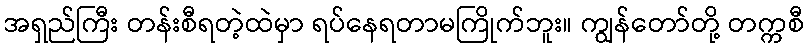
အရှည်ကြီး တန်းစီရတဲ့ထဲမှာ ရပ်နေရတာမကြိုက်ဘူး။ ကျွန်တော်တို့ တက္ကစီ